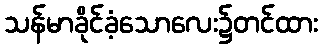
သန်မာခိုင်ခံ့သောလေး၌တင်ထား